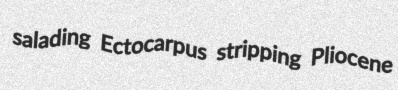
salading Ectocarpus stripping Pliocene